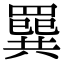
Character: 𦌔